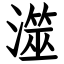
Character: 澨